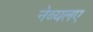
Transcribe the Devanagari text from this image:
नेब्यलए